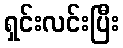
ရှင်းလင်းပြီး